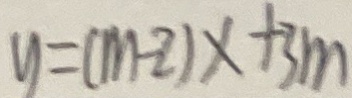
y = ( m - 2 ) x + 3 m